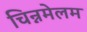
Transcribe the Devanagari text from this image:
चिन्नमेलम